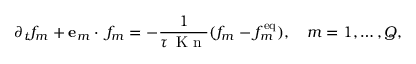
\partial _ { t } f _ { m } + \ensuremath { \mathbf { e } } _ { m } \cdot \ensuremath { \mathbf { \nabla } } f _ { m } = - \frac { 1 } { \tau \, \ensuremath { \mathrm { ~ K ~ n ~ } } } ( f _ { m } - f _ { m } ^ { \mathrm { e q } } ) , \quad m = 1 , \dots , Q ,